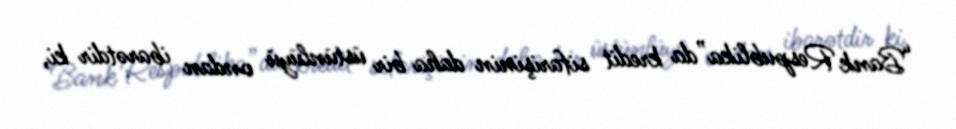
“Bank Respublika”da kredit sifarişinin daha bir üstünlüyü ondan ibarətdir ki,